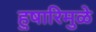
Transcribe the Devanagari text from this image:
हुषारिमुळे